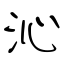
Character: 沁